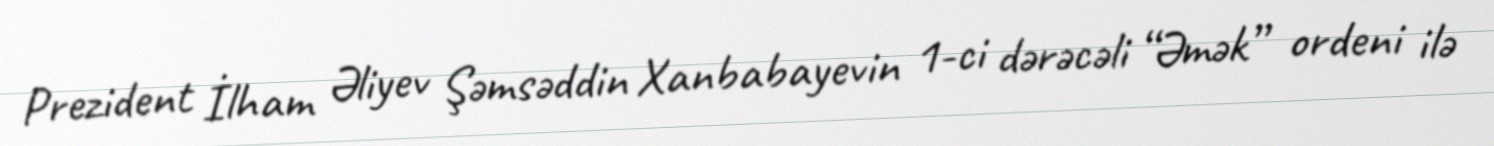
Prezident İlham Əliyev Şəmsəddin Xanbabayevin 1-ci dərəcəli “Əmək” ordeni ilə